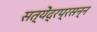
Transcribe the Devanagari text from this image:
सत्येंद्रप्रसन्न